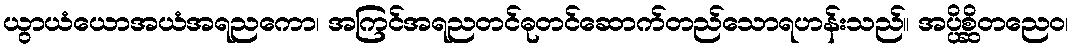
ယွာယံယောအယံအရညကော၊ အကြင်အရညတင်ဓုတင်ဆောက်တည်သောရဟန်းသည်။ အပ္ပိစ္ဆိတညေဝ၊